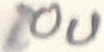
Text: 10u